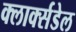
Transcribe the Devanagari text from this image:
क्लार्क्सडेल